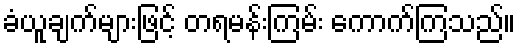
ခံယူချက်များဖြင့် တရမန်းကြမ်း ကောက်ကြသည်။